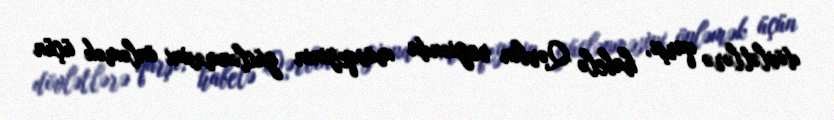
dövlətlərə qarşı, habelə Qərbin regionda mövqeyinin güclənməsini önləmək üçün